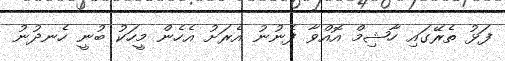
ފަޅު ތެރޭގައި ހާޝިމް އޮއްވާ ފެނުނު އެރަަށު އެހެން މީހަކު ބުނީ ހެނދުނު